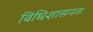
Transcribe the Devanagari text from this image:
विधिशासनतः